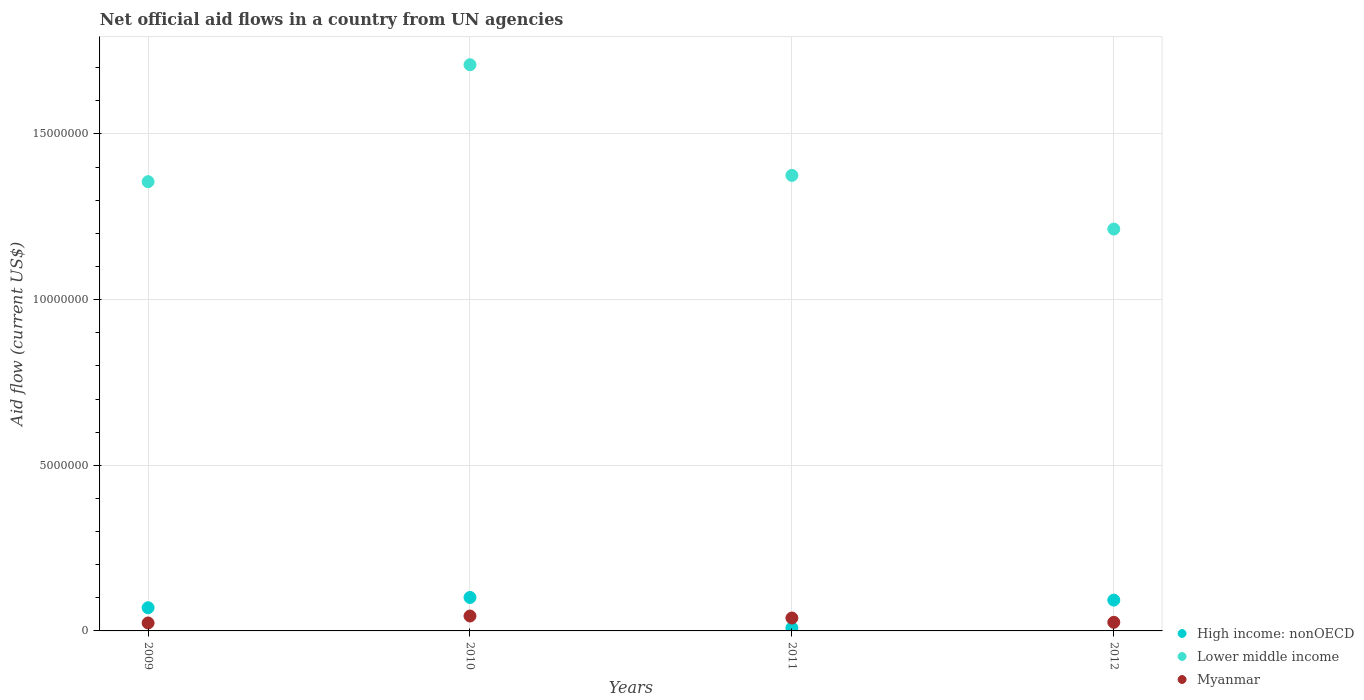
| Years | High income: nonOECD | Lower middle income | Myanmar |
 | --- | --- | --- | --- |
 | 2009 | 7e+05 | 1.36e+07 | 2.4e+05 |
 | 2010 | 1.01e+06 | 1.71e+07 | 4.5e+05 |
 | 2011 | 9e+04 | 1.38e+07 | 3.9e+05 |
 | 2012 | 9.3e+05 | 1.21e+07 | 2.6e+05 |